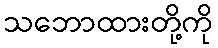
သဘောထားတို့ကို